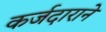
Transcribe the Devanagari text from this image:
कर्जदाराने